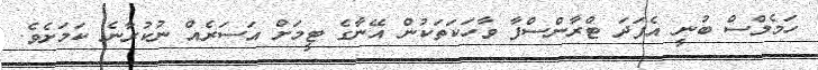
ހަމެލްސް ބުނީ އެފަދަ ޓްރާންސްފާ ވާހަކަތަކުން އޭނާގެ ޓީމަށް އަސަރެއް ނުކުރާނެ ކަމަށެވެ.